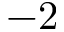
- 2